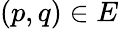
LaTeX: (p,q)\in E